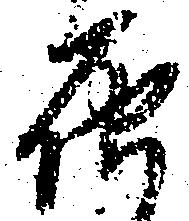
届